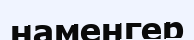
наменгер